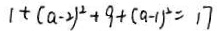
1 + ( a - 2 ) ^ { 2 } + 9 + ( a - 1 ) ^ { 2 } = 1 7